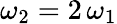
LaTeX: \omega_{2}=2\, \omega_{1}